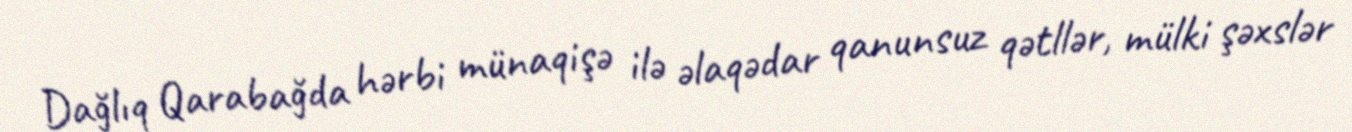
Dağlıq Qarabağda hərbi münaqişə ilə əlaqədar qanunsuz qətllər, mülki şəxslər